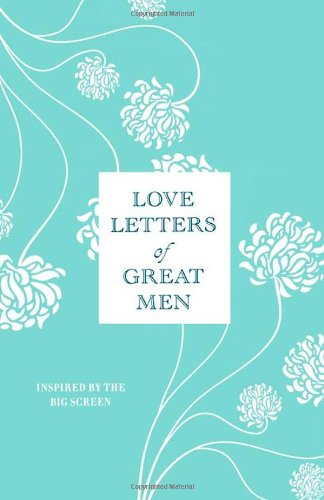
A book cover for Love Letters of Great Men; Literature & Fiction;